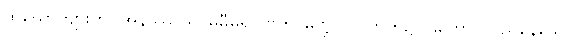
ထိုယောကျ်ားကို။ အနိဿာယ၊ မမှီမူ၍။ ဗဟိ၊ မဏ္ဍပ်ပြင်ဘက်၌။ ဌိတော၊ တည်နေသော